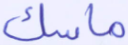
ماسك